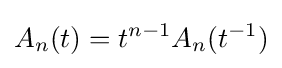
A_{n}(t)=t^{n-1}A_{n}(t^{-1})